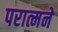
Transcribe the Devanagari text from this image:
परात्मने